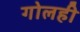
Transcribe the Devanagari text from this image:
गोलही